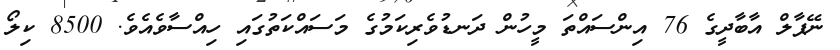
ނޭޕާލް އާބާދީގެ 76 އިންސައްތަ މީހުން ދަނޑުވެރިކަމުގެ މަސައްކަތުގައި ހިއްސާވެއެވެ. 8500 ކިލޯ